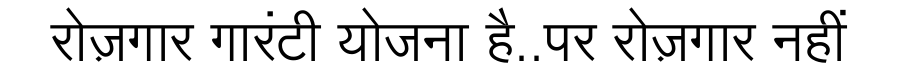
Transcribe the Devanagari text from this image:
रोज़गार गारंटी योजना है..पर रोज़गार नहीं